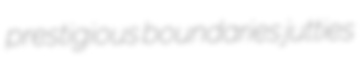
prestigious boundaries jutties